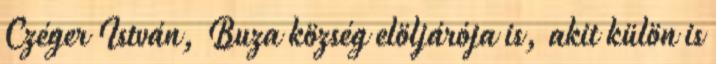
Czéger István, Buza község elöljárója is, akit külön is